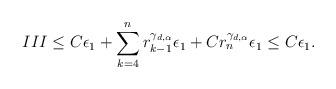
LaTeX: \begin{align*}III \leq C\epsilon_1 + \sum_{k=4}^n r_{k-1}^{\gamma_{d,\alpha}}\epsilon_1 + C r_n^{\gamma_{d,\alpha}} \epsilon_1 \leq C \epsilon_1.\end{align*}